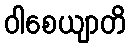
ဝါစေယျာတိ